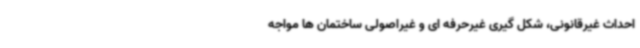
احداث غیرقانونی، شکل گیری غیرحرفه ای و غیراصولی ساختمان ها مواجه